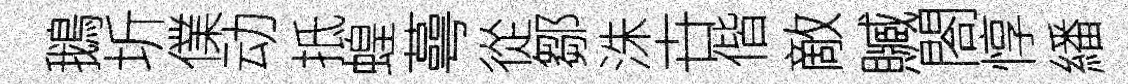
鵝圻㒒动抵蝗蕚從鄒洙卋偕敵贓閤惇繙